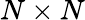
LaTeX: N\times N